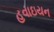
હવાઇયન